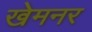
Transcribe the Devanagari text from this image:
खेमनर